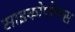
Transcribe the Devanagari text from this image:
साइकोपोम्पस